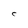
Character: C